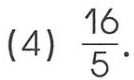
(4) \(\frac{16}{5}\)